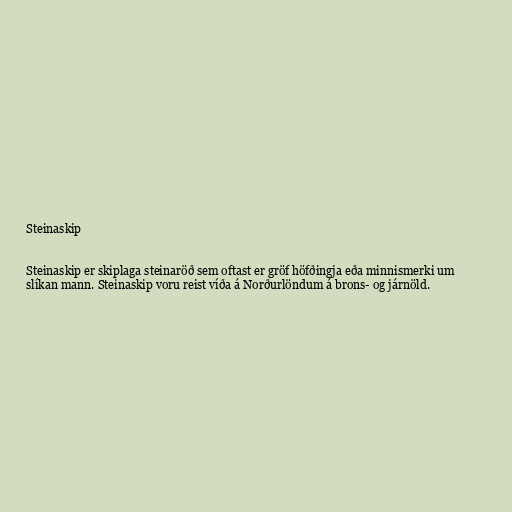
Steinaskip

Steinaskip er skiplaga steinaröð sem oftast er gröf höfðingja eða minnismerki um
slíkan mann. Steinaskip voru reist víða á Norðurlöndum á brons- og járnöld.